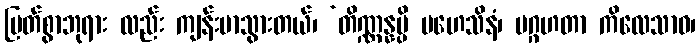
မြတ်စွာဘုရား လည်း ကျန်းမာသွားတယ်၊ ‘တိဏ္ဏန္နမ္ပိ မဟေသိနံ၊ မဂ္ဂဟတာ ကိလေသာဝ၊